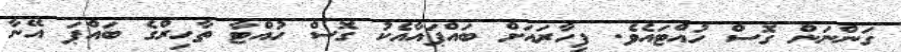
ގަންނަން ގޮސް ހުއްޓައެވެ. ފިހާރައަށް ބައްޕައާއެކު ގޮސް ހުއްޓާ ތާހިރްގެ ބައްޕަ އޭނާ